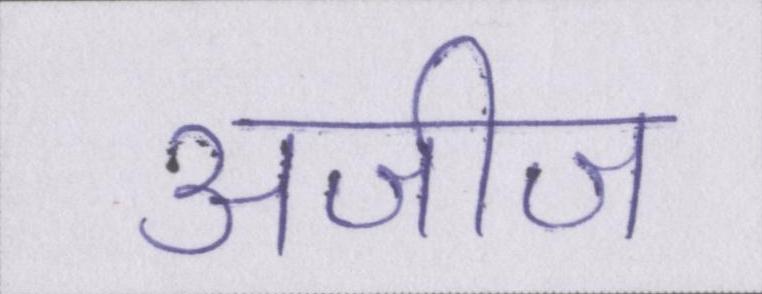
अजीज